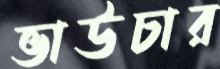
ভাউচার